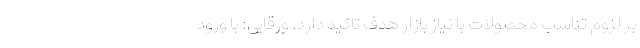
بر لزوم تناسب محصولات با نیاز بازار هدف تاکید دارد. ورقایی: با ورود